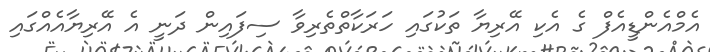
އެމްއެންޑީއެފް ގެ އެކި އޭރިޔާ ތަކުގައި ހަރަކާތްތެރިވާ ސިފައިން ދަނީ އެ އޭރިޔާއެއްގައި